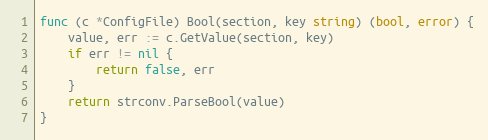
Language: Go
func (c *ConfigFile) Bool(section, key string) (bool, error) {
	value, err := c.GetValue(section, key)
	if err != nil {
		return false, err
	}
	return strconv.ParseBool(value)
}